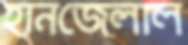
হানজেলাল